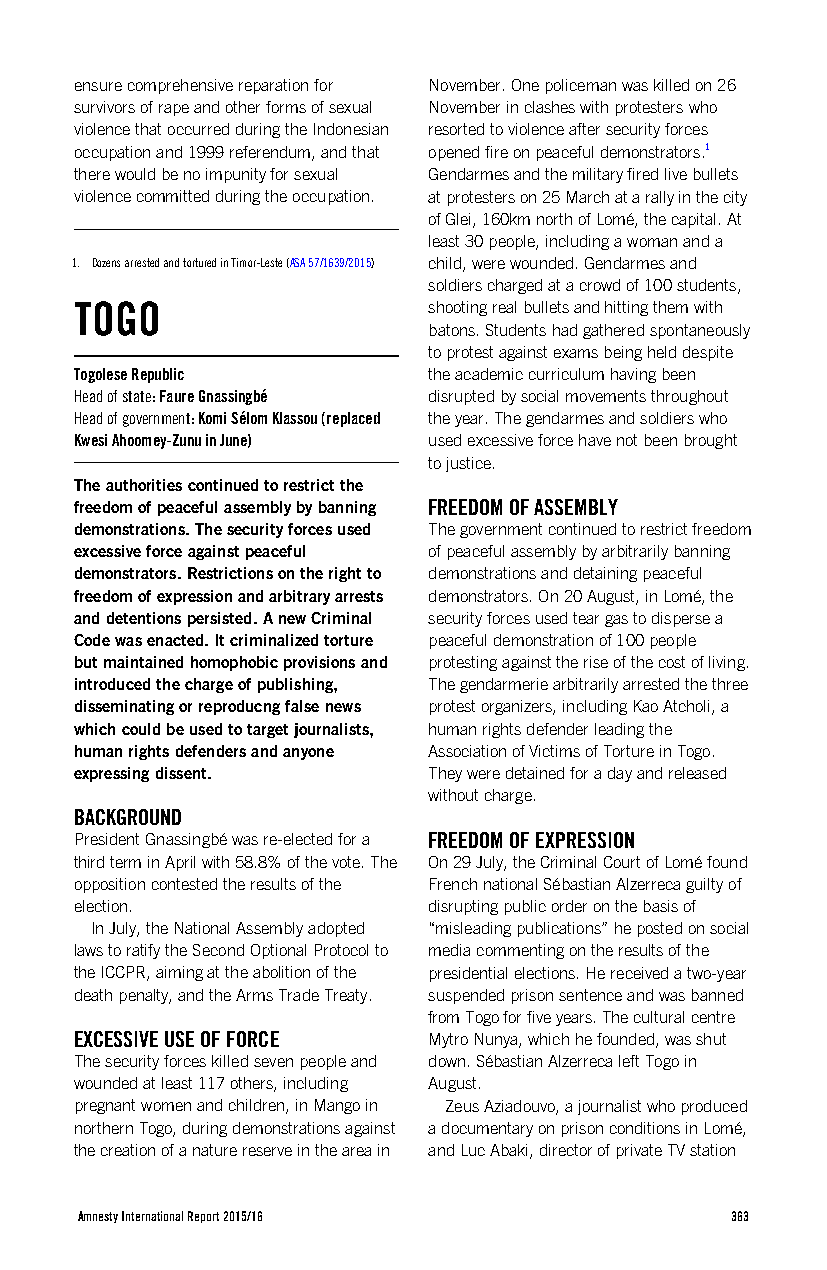
ensure comprehensive reparation for November. One policeman was killed on 26
 survivors of rape and other forms of sexual November in clashes with protesters who
 violence that occurred during the Indonesian resorted to violence after security forces
 occupation and 1999 referendum, and that opened fire on peaceful demonstrators.1
 there would be no impunity for sexual Gendarmes and the military fired live bullets
 violence committed during the occupation. at protesters on 25 March at a rally in the city
 of Glei, 160km north of Lomé, the capital. At
 least 30 people, including a woman and a
 1. Dozens arrested and tortured in Timor-Leste (ASA 57/1639/2015) child, were wounded. Gendarmes and
 soldiers charged at a crowd of 100 students,
 TOGO                   shooting real bullets and hitting them with
 batons. Students had gathered spontaneously
 to protest against exams being held despite
 Togolese Republic      the academic curriculum having been
 Head of state: Faure Gnassingbé disrupted by social movements throughout
 Head of government: Komi Sélom Klassou (replaced the year. The gendarmes and soldiers who
 Kwesi Ahoomey-Zunu in June) used excessive force have not been brought
 to justice.
 The authorities continued to restrict the
 freedom of peaceful assembly by banning FREEDOM OF ASSEMBLY
 demonstrations. The security forces used The government continued to restrict freedom
 excessive force against peaceful of peaceful assembly by arbitrarily banning
 demonstrators. Restrictions on the right to demonstrations and detaining peaceful
 freedom of expression and arbitrary arrests demonstrators. On 20 August, in Lomé, the
 and detentions persisted. A new Criminal security forces used tear gas to disperse a
 Code was enacted. It criminalized torture peaceful demonstration of 100 people
 but maintained homophobic provisions and protesting against the rise of the cost of living.
 introduced the charge of publishing, The gendarmerie arbitrarily arrested the three
 disseminating or reproducng false news protest organizers, including Kao Atcholi, a
 which could be used to target journalists, human rights defender leading the
 human rights defenders and anyone Association of Victims of Torture in Togo.
 expressing dissent.    They were detained for a day and released
 without charge.
 BACKGROUND
 President Gnassingbé was re-elected for a FREEDOM OF EXPRESSION
 third term in April with 58.8% of the vote. The On 29 July, the Criminal Court of Lomé found
 opposition contested the results of the French national Sébastian Alzerreca guilty of
 election.              disrupting public order on the basis of
 In July, the National Assembly adopted “misleading publications” he posted on social
 laws to ratify the Second Optional Protocol to media commenting on the results of the
 the ICCPR, aiming at the abolition of the presidential elections. He received a two-year
 death penalty, and the Arms Trade Treaty. suspended prison sentence and was banned
 from Togo for five years. The cultural centre
 EXCESSIVE USE OF FORCE Mytro Nunya, which he founded, was shut
 The security forces killed seven people and down. Sébastian Alzerreca left Togo in
 wounded at least 117 others, including August.
 pregnant women and children, in Mango in Zeus Aziadouvo, a journalist who produced
 northern Togo, during demonstrations against a documentary on prison conditions in Lomé,
 the creation of a nature reserve in the area in and Luc Abaki, director of private TV station
 Amnesty International Report 2015/16       363